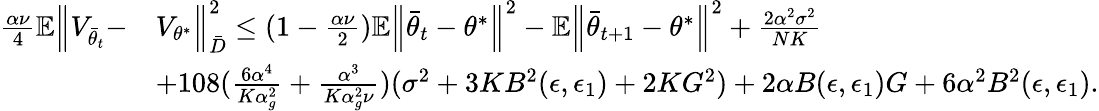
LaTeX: \begin{array}{rl}{\frac{\alpha\nu}{4}\mathbb{E}\Big\lVert V_{\bar{\theta}_{t}}-}&{V_{\theta^{*}}\Big\rVert_{\bar{D}}^{2}\le(1-\frac{\alpha\nu}{2})\mathbb{E}\Big\lVert\bar{\theta}_{t}-\theta^{*}\Big\rVert^{2}-\mathbb{E}\Big\lVert\bar{\theta}_{t+1}-\theta^{*}\Big\rVert^{2}+\frac{2\alpha^{2}\sigma^{2}}{NK}}\\ &{+108(\frac{6\alpha^{4}}{K\alpha_{g}^{2}}+\frac{\alpha^{3}}{K\alpha_{g}^{2}\nu})(\sigma^{2}+3KB^{2}(\epsilon,\epsilon_{1})+2KG^{2})+2\alpha B(\epsilon,\epsilon_{1})G+6\alpha^{2}B^{2}(\epsilon,\epsilon_{1}).}\end{array}